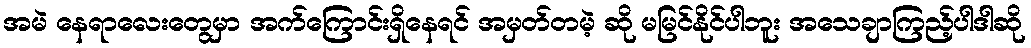
အမဲ နေရာလေးတွေမှာ အက်ကြောင်းရှိနေရင် အမှတ်တမဲ့ ဆို မမြင်နိုင်ပါဘူး အသေချာကြည့်ပါဒါဆို